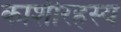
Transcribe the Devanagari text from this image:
काशीरहस्य